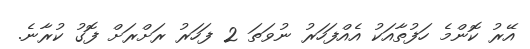
އޭރު ކޮންމެ ހަފުތާއަކު އެއްފަހަރު ނުވަތަ 2 ފަހަރު ރަށްރަށް ފޮގު ކުރާނެ.